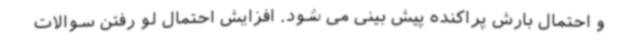
و احتمال بارش پراکنده پیش بینی می شود. افزایش احتمال لو رفتن سوالات